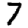
Digit: 7